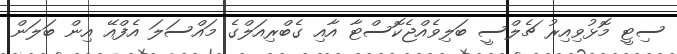
ސިޓީ މޮޅުވިއިރު ޗެލްސީ ބަލިވެއްޖެކޮސްޓާ އާއި ގެބްރިއަލްގެ މައްސަލަ އެފްއޭ އިން ބަލަން